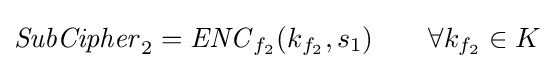
{\mathit {SubCipher}}_{2}={\mathit {ENC}}_{f_{2}}(k_{f_{2}},s_{1})\qquad \forall k_{f_{2}}\in K